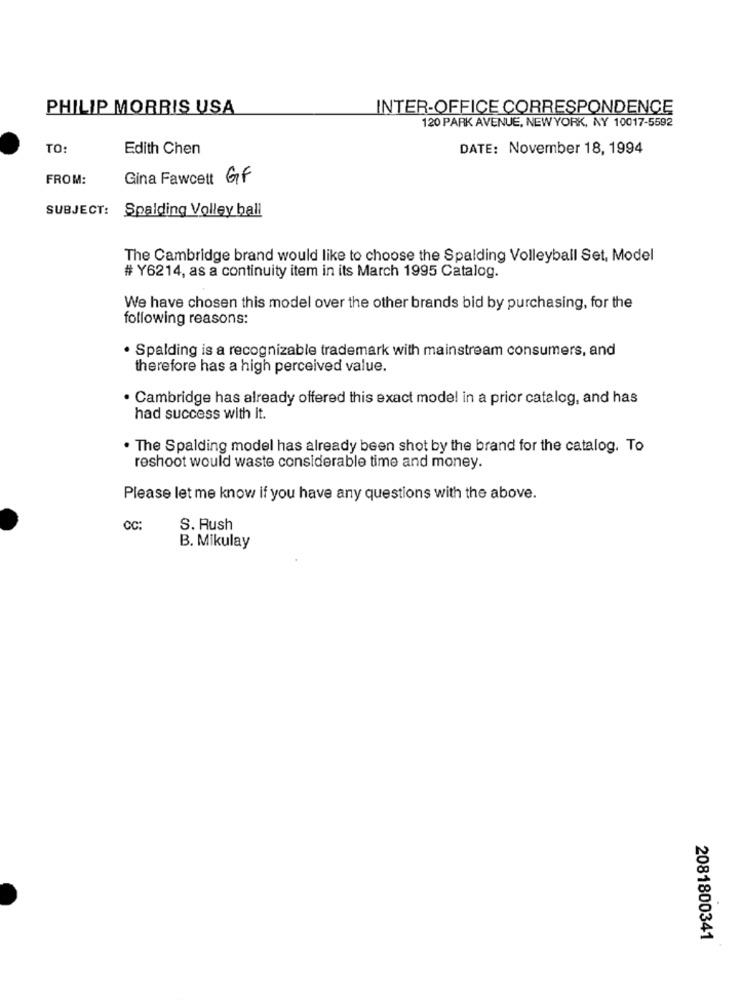
PHILIP MORRIS USA
INTER-OFFICE CORRESPONDENCE
120 PARK AVENUE, NEWYORK, NY 10017-5592
TO:
Edith Chen
DATE: November 18, 1994
FROM:
Gina Fawcett GF
SUBJECT:
Spalding Volley ball
The Cambridge brand would like to choose the Spalding Volleyball Set, Model
# Y6214, as a continuity item in its March 1995 Catalog.
We have chosen this model over the other brands bid by purchasing, for the
following reasons:
· Spalding is a recognizable trademark with mainstream consumers, and
therefore has a high perceived value.
. Cambridge has already offered this exact model in a prior catalog, and has
had success with It.
. The Spalding model has already been shot by the brand for the catalog. To
reshoot would waste considerable time and money.
Please let me know if you have any questions with the above.
CC:
S. Rush
B. Mikulay
2081800341